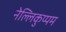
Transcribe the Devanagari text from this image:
नेल्लिकुप्पम